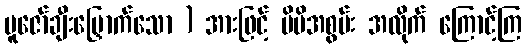
ပူဇော်ချီးမြှောက်သော ) အားဖြင့် မိမိအစွမ်း အလိုက် ကြောင့်ကြ